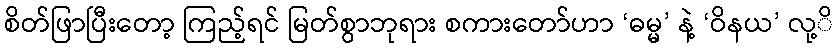
စိတ်ဖြာပြီးတော့ ကြည့်ရင် မြတ်စွာဘုရား စကားတော်ဟာ ‘ဓမ္မ’ နဲ့ ‘ဝိနယ’ လု့ိ